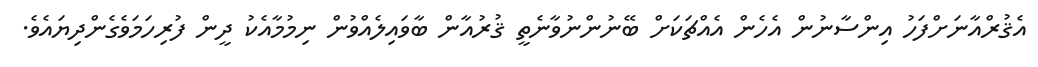
އެޤުރްއާނަށްފަހު އިންސާނުން އެހެން އެއްޗަކަށް ބޭނުންނުވާނެތީ ޤުރުއާން ބާވައިލެއްވުން ނިމުމާއެކު ދީން ފުރިހަމަވެގެންދިޔައެވެ.